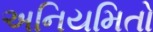
અનિયમિતો